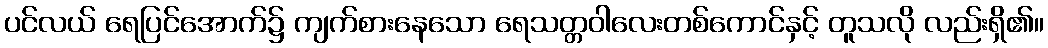
ပင်လယ် ရေပြင်အောက်၌ ကျက်စားနေသော ရေသတ္တဝါလေးတစ်ကောင်နှင့် တူသလို လည်းရှိ၏။